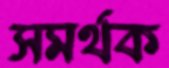
সমর্থক